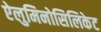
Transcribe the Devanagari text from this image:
ऐलुमिनोसिलिकेट